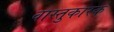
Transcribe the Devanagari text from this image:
वास्तुकारक